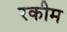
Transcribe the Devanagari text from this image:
रकीम